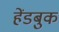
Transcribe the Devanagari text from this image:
हेंडबुक